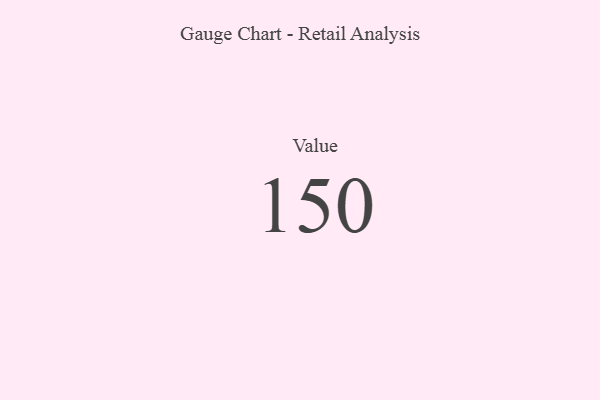
{"axis": {"x": "Metric", "y": "Value"}, "legend": [""], "data": [{"x": "Value", "y": 150, "type": ""}]}